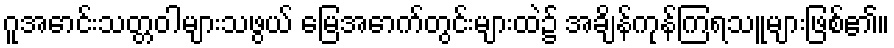
ဂူအောင်းသတ္တဝါများသဖွယ် မြေအောက်တွင်းများထဲ၌ အချိန်ကုန်ကြရသူများဖြစ်၏။